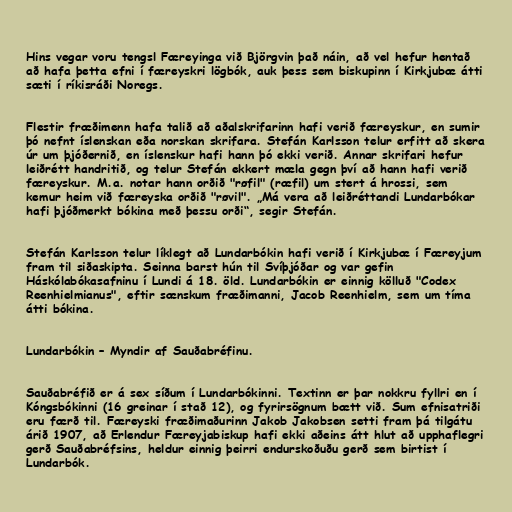
Hins vegar voru tengsl Færeyinga við Björgvin það náin, að vel hefur hentað
að hafa þetta efni í færeyskri lögbók, auk þess sem biskupinn í Kirkjubæ átti
sæti í ríkisráði Noregs.

Flestir fræðimenn hafa talið að aðalskrifarinn hafi verið færeyskur, en sumir
þó nefnt íslenskan eða norskan skrifara. Stefán Karlsson telur erfitt að skera
úr um þjóðernið, en íslenskur hafi hann þó ekki verið. Annar skrifari hefur
leiðrétt handritið, og telur Stefán ekkert mæla gegn því að hann hafi verið
færeyskur. M.a. notar hann orðið "røfil" (ræfil) um stert á hrossi, sem
kemur heim við færeyska orðið "røvil". „Má vera að leiðréttandi Lundarbókar
hafi þjóðmerkt bókina með þessu orði“, segir Stefán.

Stefán Karlsson telur líklegt að Lundarbókin hafi verið í Kirkjubæ í Færeyjum
fram til siðaskipta. Seinna barst hún til Svíþjóðar og var gefin
Háskólabókasafninu í Lundi á 18. öld. Lundarbókin er einnig kölluð "Codex
Reenhielmianus", eftir sænskum fræðimanni, Jacob Reenhielm, sem um tíma
átti bókina.

Lundarbókin – Myndir af Sauðabréfinu.

Sauðabréfið er á sex síðum í Lundarbókinni. Textinn er þar nokkru fyllri en í
Kóngsbókinni (16 greinar í stað 12), og fyrirsögnum bætt við. Sum efnisatriði
eru færð til. Færeyski fræðimaðurinn Jakob Jakobsen setti fram þá tilgátu
árið 1907, að Erlendur Færeyjabiskup hafi ekki aðeins átt hlut að upphaflegri
gerð Sauðabréfsins, heldur einnig þeirri endurskoðuðu gerð sem birtist í
Lundarbók.